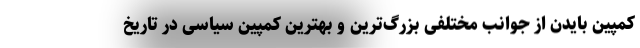
کمپین بایدن از جوانب مختلفی بزرگ‌ترین و بهترین کمپین سیاسی در تاریخ